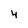
Character: 4